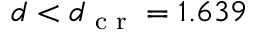
d < d _ { \textrm { c r } } = 1 . 6 3 9